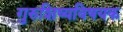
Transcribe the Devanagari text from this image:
गुरुशिष्यविषयक